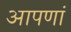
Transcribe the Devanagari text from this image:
आपणां